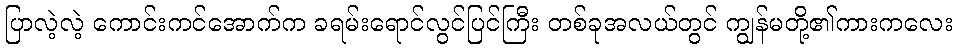
ပြာလဲ့လဲ့ ကောင်းကင်အောက်က ခရမ်းရောင်လွင်ပြင်ကြီး တစ်ခုအလယ်တွင် ကျွန်မတို့၏ကားကလေး